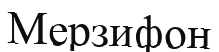
Мерзифон